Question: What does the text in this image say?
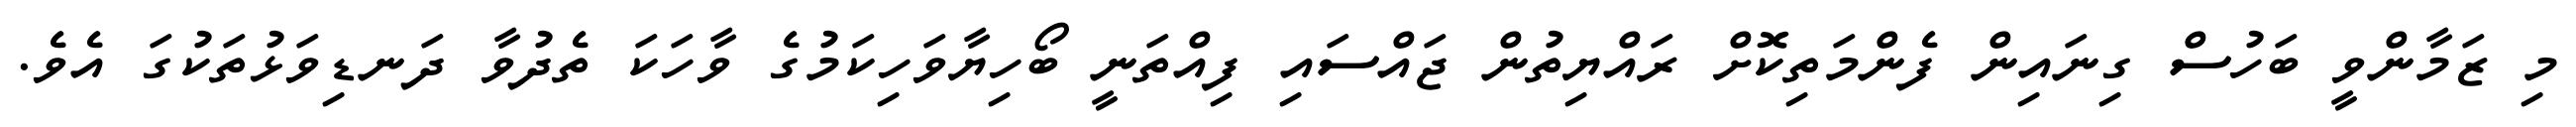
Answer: މި ޒަމާންވީ ބަހުސް ގިނައިން ފެންމަތިކޮށް ރައްޔިތުން ޖައްސައި ފިއްތަނީ ބޯހިޔާވަހިކަމުގެ ވާހަކަ ތެދުވާ ދަނޑިވަޅުތަކުގަ އެވެ.